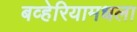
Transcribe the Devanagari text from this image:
बव्हेरियामधला